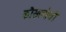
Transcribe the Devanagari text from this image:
कौसल्येची